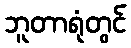
ဘူတာရုံတွင်